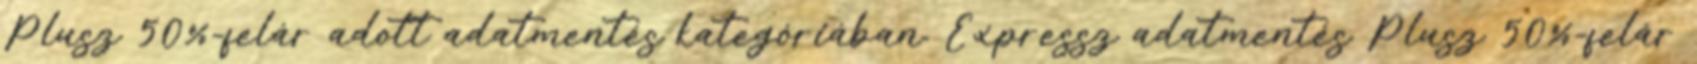
Plusz 50%-felár adott adatmentés kategóriában. Expressz adatmentés Plusz 50%-felár